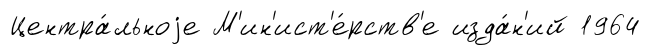
Центра́льноjе М'ин'ист'е́рств'е изда́н'ий 1964